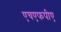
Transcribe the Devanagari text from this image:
एचएफपीए